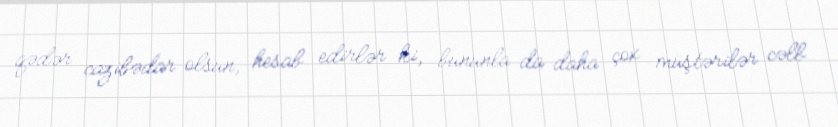
qədər cazibədar olsun, hesab edirlər ki, bununla da daha çox müştərilər cəlb